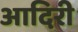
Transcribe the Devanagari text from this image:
आदिरी